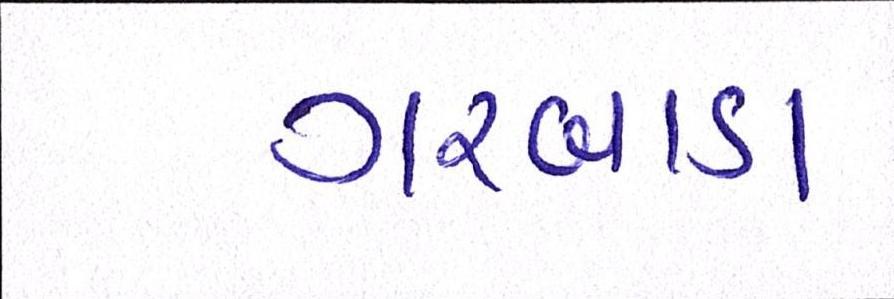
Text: ગરબાડા